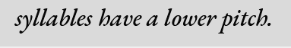
syllables have a lower pitch.